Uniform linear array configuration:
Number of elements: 24
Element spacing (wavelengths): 1
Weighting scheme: blackman
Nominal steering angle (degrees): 60
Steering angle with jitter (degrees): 58.129
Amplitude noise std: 0.05
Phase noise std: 0.05

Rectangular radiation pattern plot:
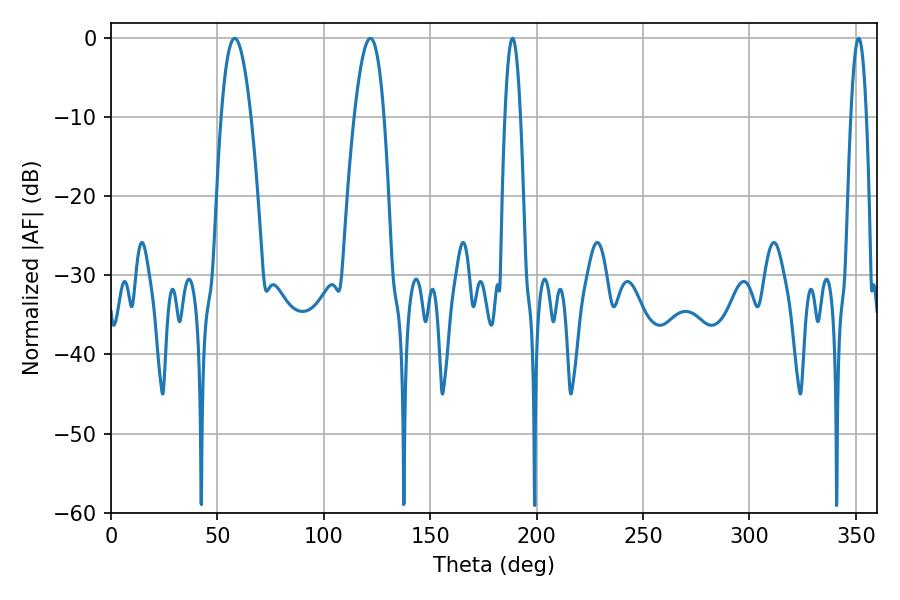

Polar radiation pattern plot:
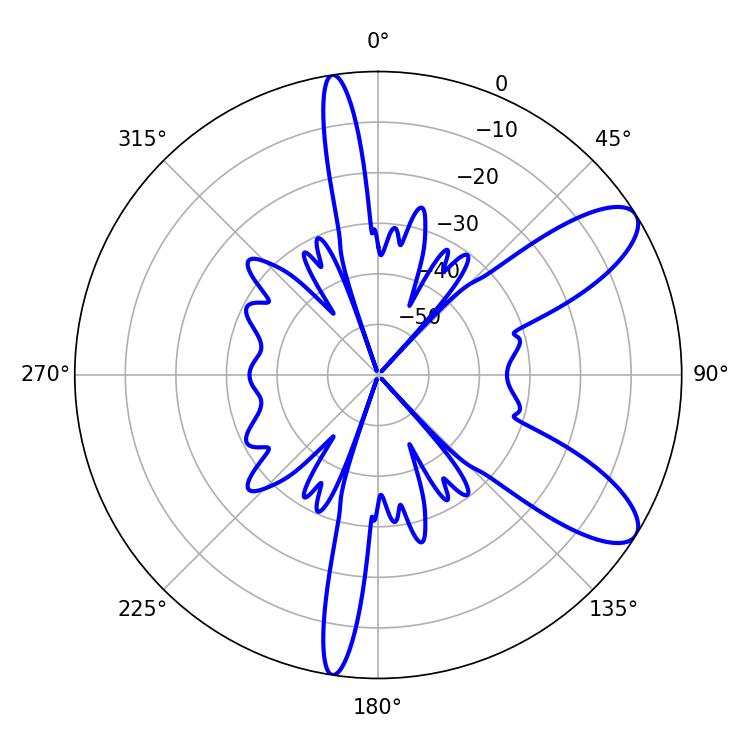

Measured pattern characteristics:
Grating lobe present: TRUE
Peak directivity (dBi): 9.539
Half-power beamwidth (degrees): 7.56
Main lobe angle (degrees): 58.14